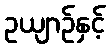
ဥယျာဉ်နှင့်